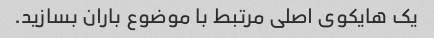
یک هایکوی اصلی مرتبط با موضوع باران بسازید.